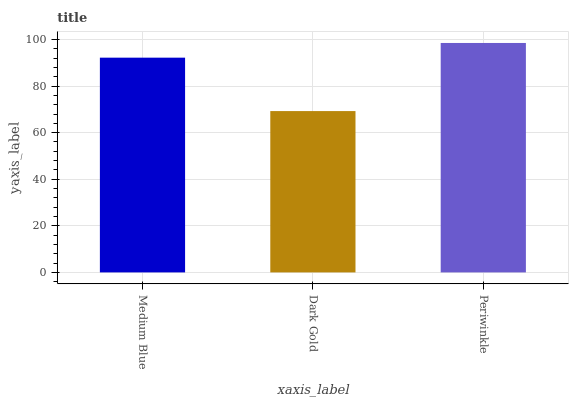
| xaxis_label | bars |
 | --- | --- |
 | Medium Blue | 92.2 |
 | Dark Gold | 69.3 |
 | Periwinkle | 98.5 |